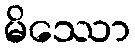
မိဿော